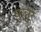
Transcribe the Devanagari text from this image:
कुन्नुर